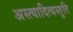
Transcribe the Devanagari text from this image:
अस्त्यादित्यस्तुति